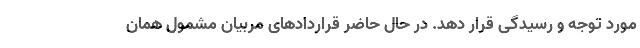
مورد توجه و رسیدگی قرار دهد. در حال حاضر قراردادهای مربیان مشمول همان